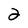
Character: 2